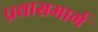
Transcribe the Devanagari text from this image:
प्रवासमार्ग